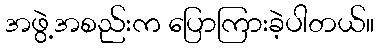
အဖွဲ့အစည်းက ပြောကြားခဲ့ပါတယ်။